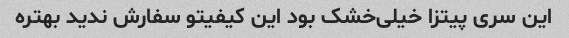
این سری پیتزا خیلی‌خشک بود این کیفیتو سفارش‌ ندید بهتره